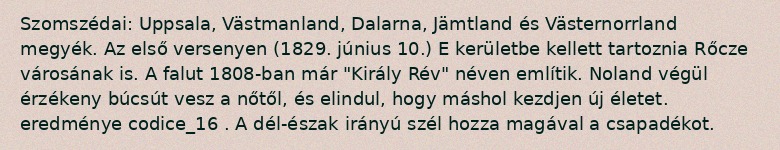
Szomszédai: Uppsala, Västmanland, Dalarna, Jämtland és Västernorrland megyék. Az első versenyen (1829. június 10.) E kerületbe kellett tartoznia Rőcze városának is. A falut 1808-ban már "Király Rév" néven említik. Noland végül érzékeny búcsút vesz a nőtől, és elindul, hogy máshol kezdjen új életet. eredménye codice_16 . A dél-észak irányú szél hozza magával a csapadékot.